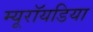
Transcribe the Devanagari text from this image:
म्यूरॉयडिया